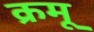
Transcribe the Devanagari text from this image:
क्रमू